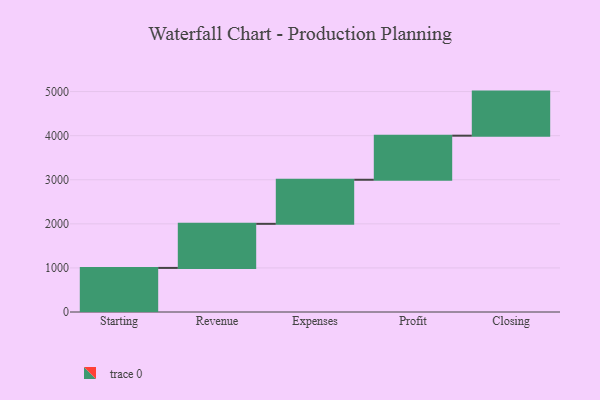
{"axis": {"x": "Step", "y": "Value"}, "legend": [""], "data": [{"x": "Starting", "y": 1000, "type": ""}, {"x": "Revenue", "y": 1000, "type": ""}, {"x": "Expenses", "y": 1000, "type": ""}, {"x": "Profit", "y": 1000, "type": ""}, {"x": "Closing", "y": 1000, "type": ""}]}